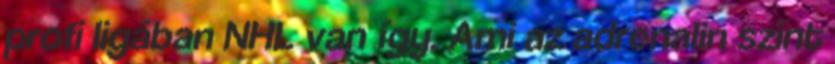
profi ligában NHL van így. Ami az adrenalin szint